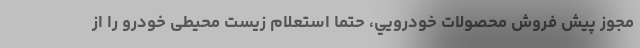
مجوز پيش فروش محصولات خودرويي، حتما استعلام زیست محیطی خودرو را از